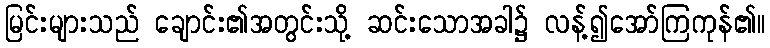
မြင်းများသည် ချောင်း၏အတွင်းသို့ ဆင်းသောအခါ၌ လန့်၍အော်ကြကုန်၏။